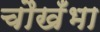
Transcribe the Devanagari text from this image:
चौखँभा